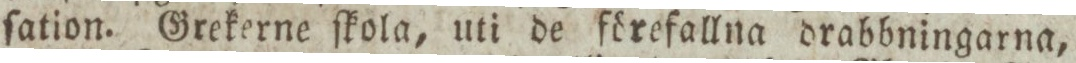
ſation. Grekerne ſkola, uti de förefallna drabbningarna,